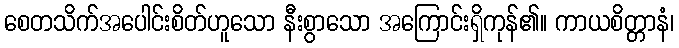
စေတသိက်အပေါင်းစိတ်ဟူသော နီးစွာသော အကြောင်းရှိကုန်၏။ ကာယစိတ္တာနံ၊